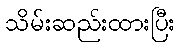
သိမ်းဆည်းထားပြီး